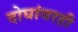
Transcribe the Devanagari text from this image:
दोघांवरही